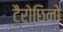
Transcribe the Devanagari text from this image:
टैरोछिनो